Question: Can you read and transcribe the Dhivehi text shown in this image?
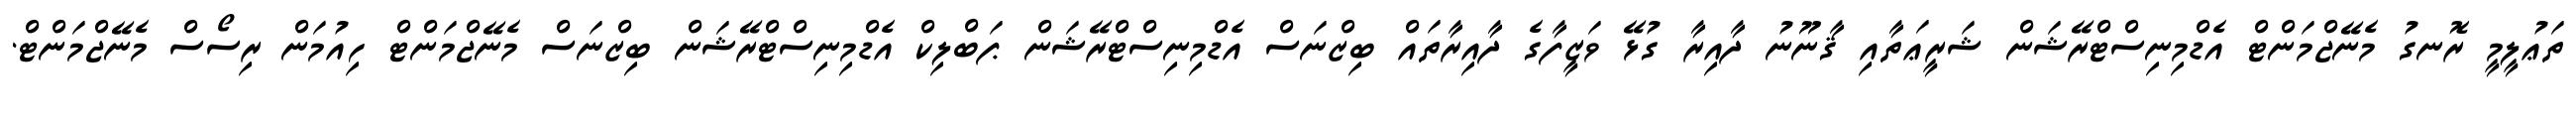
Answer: ތަޢުލީމީ ރޮނގު މެނޭޖްމަންޓް އެޑްމިނިސްޓްރޭޝަން ޝަރީޢަތާއި ޤާނޫނު ދާއިރާ ގުޅޭ ވަޒީފާގެ ދާއިރާތައް ބިޒްނަސް އެޑްމިނިސްޓްރޭޝަން ޕަބްލިކް އެޑްމިނިސްޓްރޭޝަން ބިޒްނަސް މެނޭޖްމަންޓް ހިއުމަން ރިސޯސް މެނޭޖްމަންޓް.